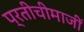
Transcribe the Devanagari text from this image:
प्रतीचीमाजीं